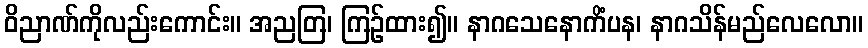
ဝိညာဏ်ကိုလည်းကောင်း။ အညတြ၊ ကြဉ်ထား၍။ နာဂသေနောကိံပန၊ နာဂသိန်မည်လေလော။